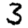
Digit: 3